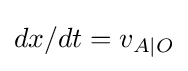
dx/dt=v_{A\mid O}